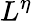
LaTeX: L^{\eta}